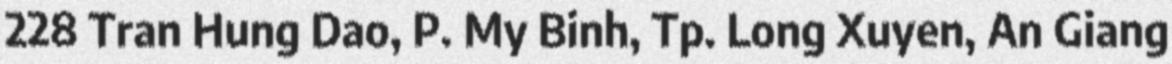
228 Tran Hung Dao, P. My Binh, Tp. Long Xuyen, An Giang